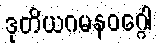
ဒုတိယဂမနဝဂ္ဂေါ